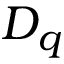
D _ { q }